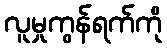
လူမှုကွန်ရက်ကို